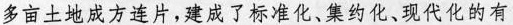
多亩土地成方连片，建成了标准化、集约化、现代化的有